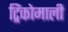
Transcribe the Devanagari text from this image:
ट्रिंकोमाली